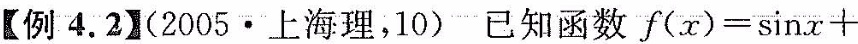
【例4.2】(2005 · 上海理，10)已知函数$$f ( x ) = \sin